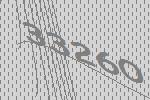
33260